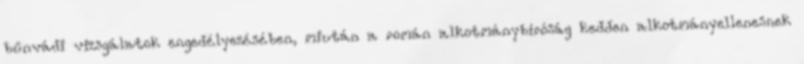
bűnvádi vizsgálatok engedélyezésében, miután a román alkotmánybíróság kedden alkotmányellenesnek